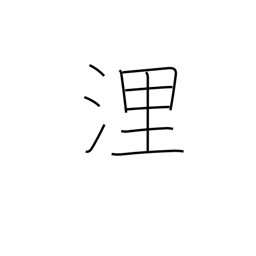
Meaning: nautical mile